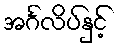
အင်္ဂလိပ်နှင့်